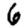
Digit: 6